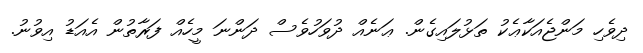
ދިވެހި މަންޖެއަކާޢެކު ތަޅުލައިގެން. ޢަނެއް ދުވަހުވެސް ދަންނަ މީހެއް ފަރާތުން އެއަޑު އިވުނު.